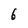
Character: 6